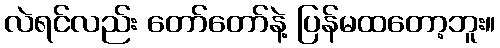
လဲရင်လည်း တော်တော်နဲ့ ပြန်မထတော့ဘူး။